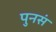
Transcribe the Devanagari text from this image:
पुनसं